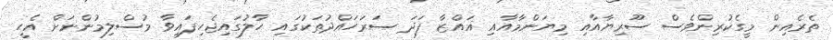
ތެރެއިން މީގެކުރިންވެސް ސޫރިޔާއާއި މިޔަންމާއާއި ޣައްޒާ ފަދަ ސަރަހައްދުތަކުގައި ހާލުގައިޖެހިފައިވާ މުސްލިމުންނަށް އެހީ